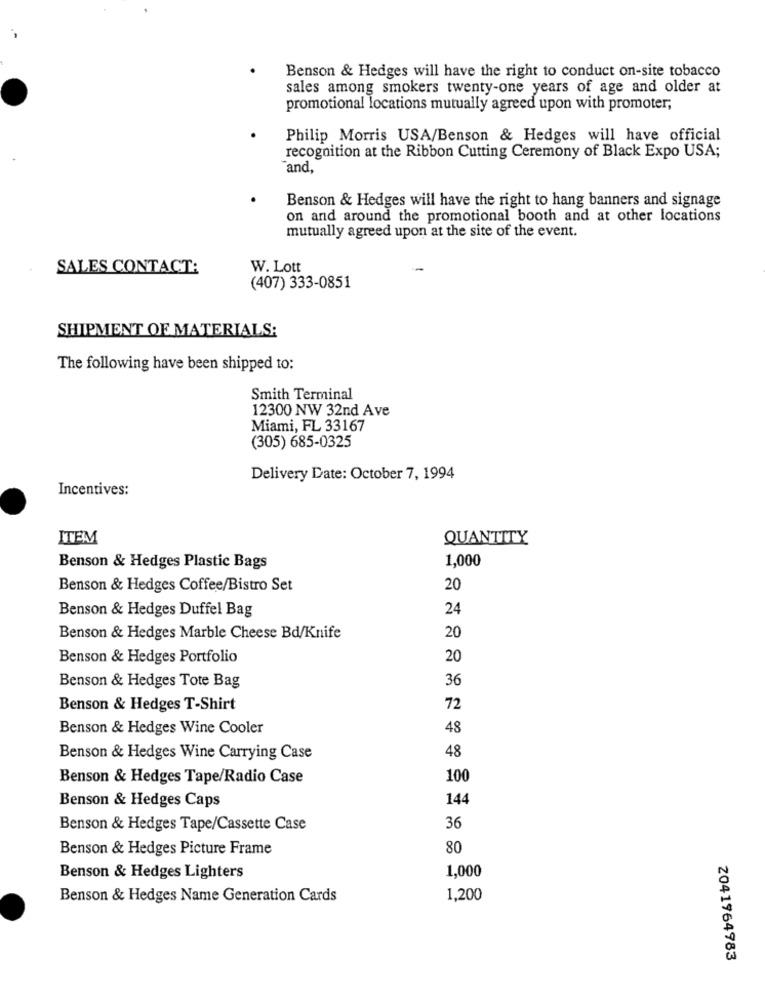
Benson & Hedges will have the right to conduct on-site tobacco
sales among smokers twenty-one years of age and older at
promotional locations mutually agreed upon with promoter;
Philip Morris USA/Benson & Hedges will have official
recognition at the Ribbon Cutting Ceremony of Black Expo USA;
and,
Benson & Hedges will have the right to hang banners and signage
on and around the promotional booth and at other locations
mutually agreed upon at the site of the event.
SALES CONTACT:
W. Lott
(407) 333-0851
SHIPMENT OF MATERIALS:
The following have been shipped to:
Smith Terminal
12300 NW 32nd Ave
Miami, FL 33167
(305) 685-0325
Delivery Date: October 7, 1994
Incentives:
ITEM
QUANTITY
1,000
Benson & Hedges Plastic Bags
Benson & Hedges Coffee/Bistro Set
20
Benson & Hedges Duffel Bag
24
Benson & Hedges Marble Cheese Bd/Knife
20
Benson & Hedges Portfolio
20
Benson & Hedges Tote Bag
36
Benson & Hedges T-Shirt
72
Benson & Hedges Wine Cooler
48
48
Benson & Hedges Wine Carrying Case
Benson & Hedges Tape/Radio Case
100
Benson & Hedges Caps
144
Benson & Hedges Tape/Cassette Case
36
Benson & Hedges Picture Frame
80
1,000
Benson & Hedges Lighters
Benson & Hedges Name Generation Cards
1,200
2041964983